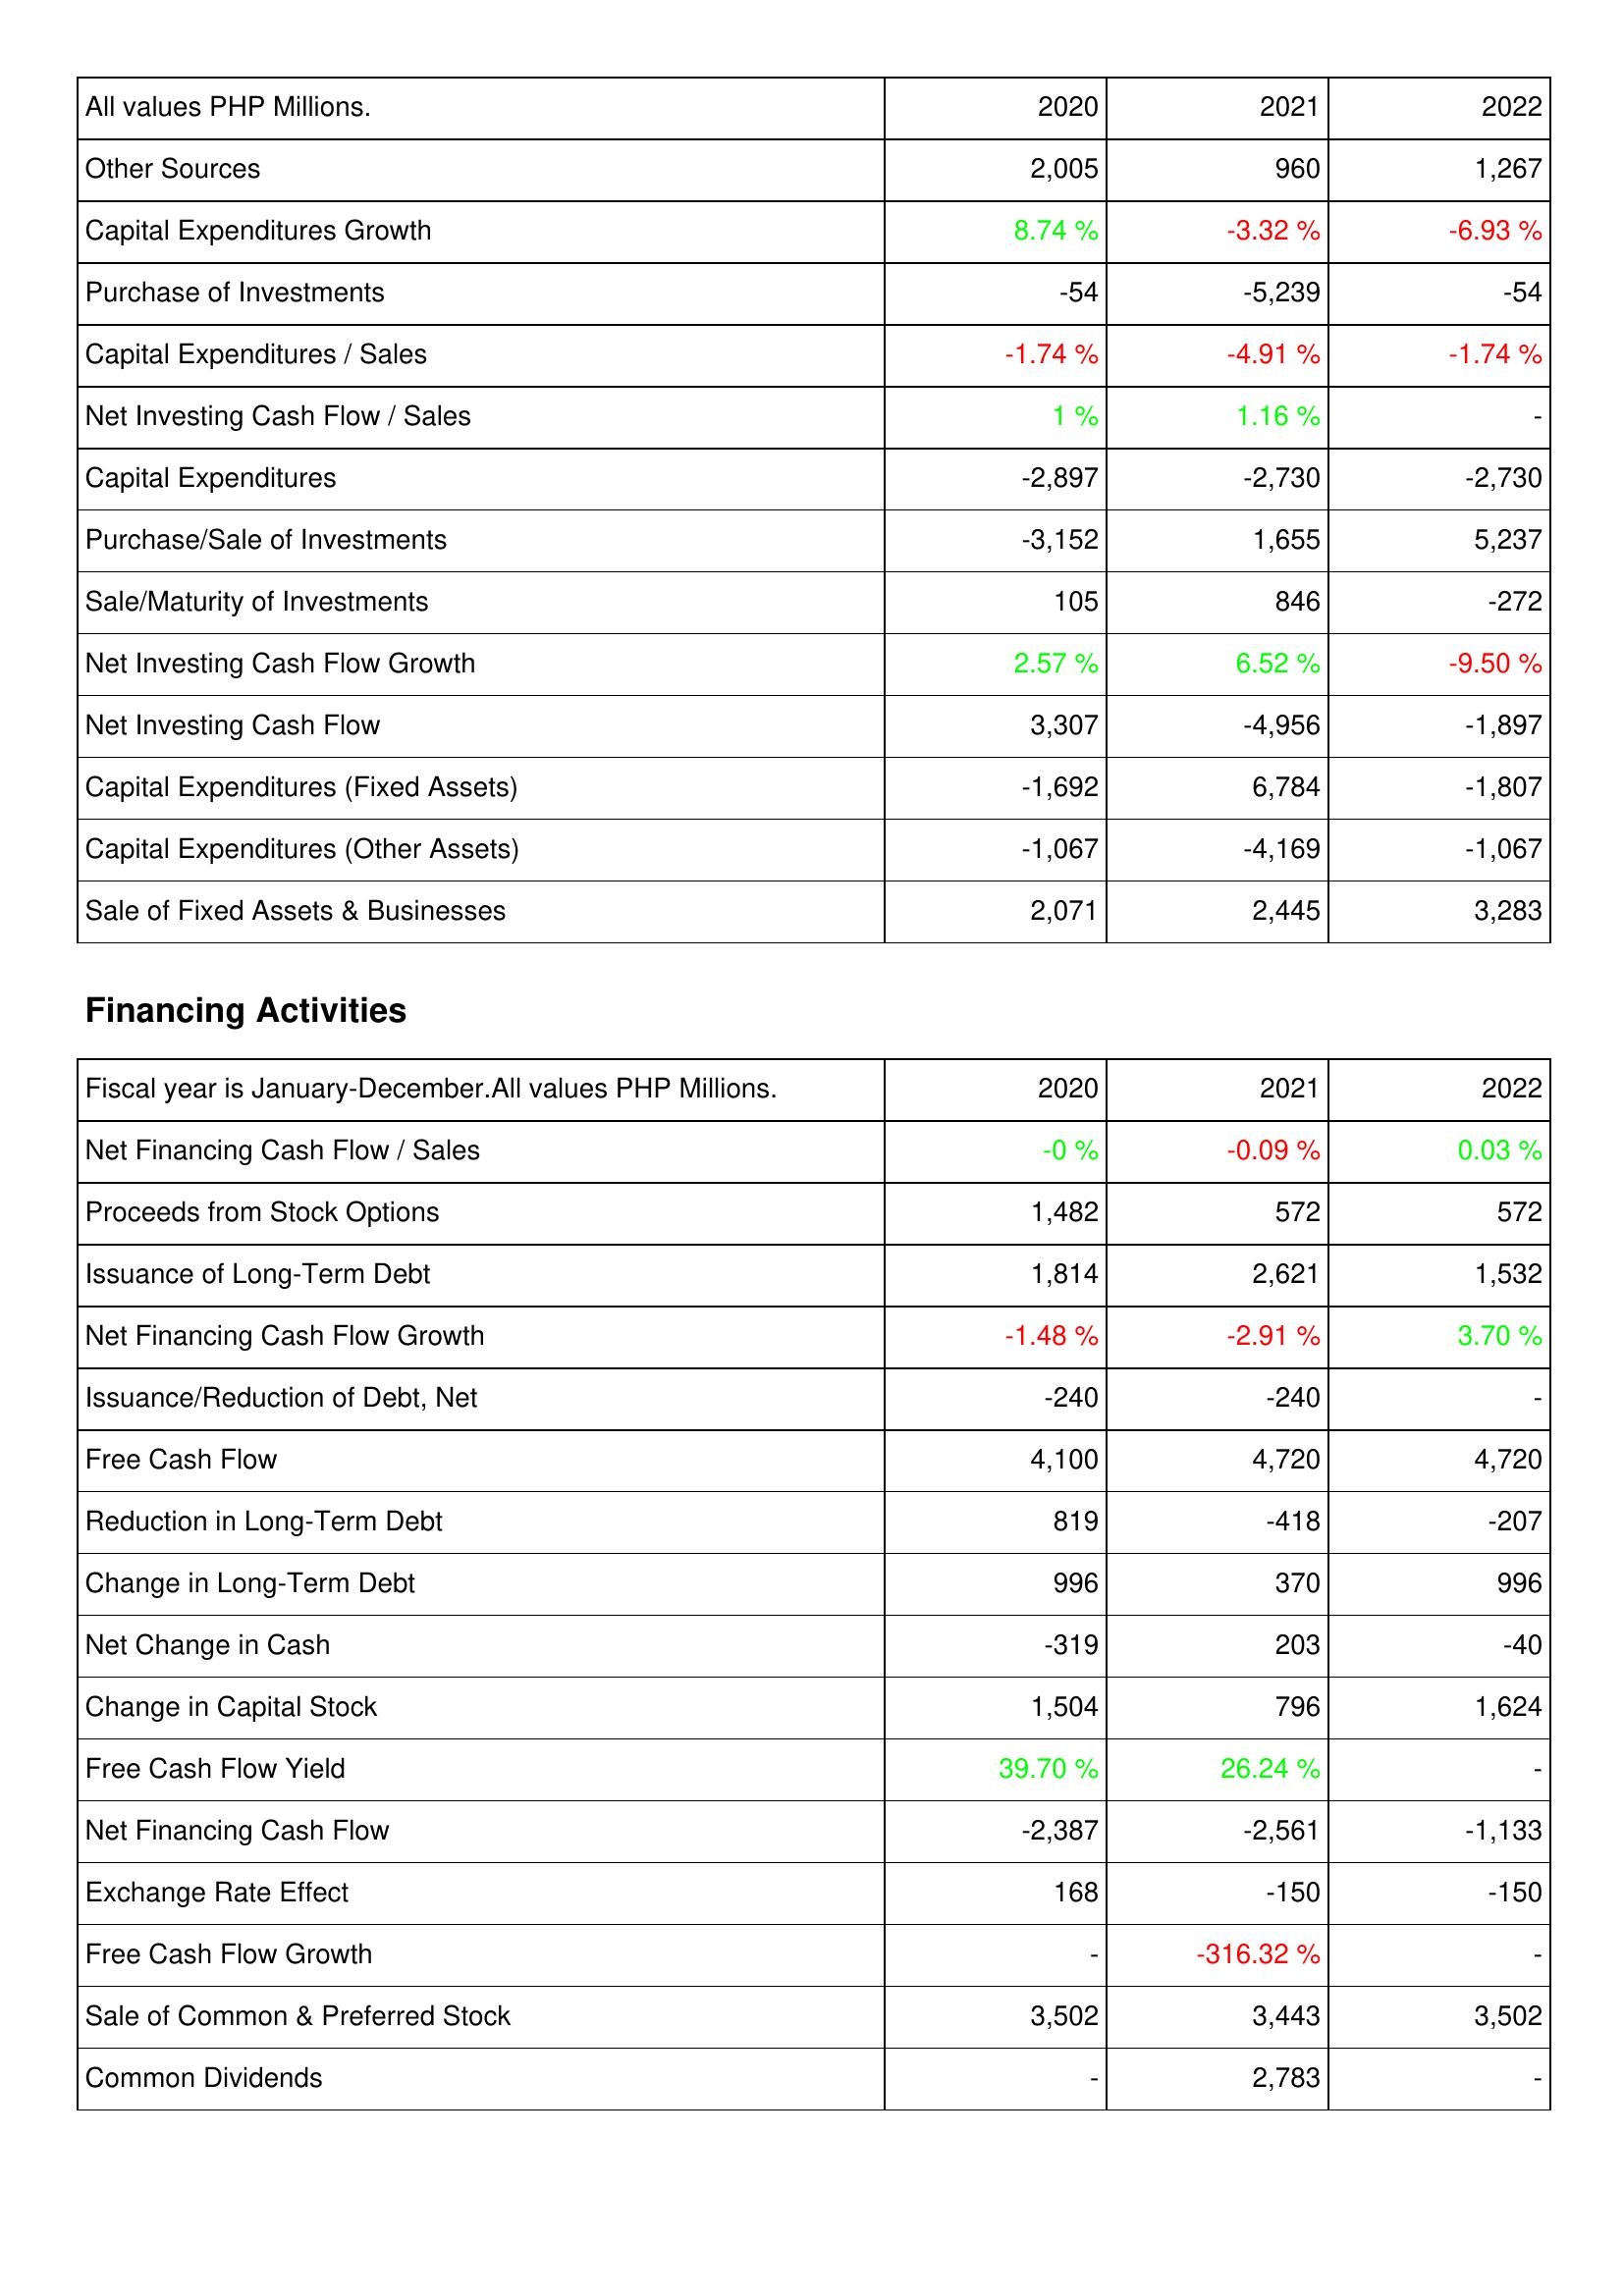
2020: Investing Activities: Other Sources: 2,005
Capital Expenditures Growth: 8.74 %
Purchase of Investments: -54
Capital Expenditures / Sales: -1.74 %
Net Investing Cash Flow / Sales: 1 %
Capital Expenditures: -2,897
Purchase/Sale of Investments: -3,152
Sale/Maturity of Investments: 105
Net Investing Cash Flow Growth: 2.57 %
Net Investing Cash Flow: 3,307
Capital Expenditures (Fixed Assets): -1,692
Capital Expenditures (Other Assets): -1,067
Sale of Fixed Assets & Businesses: 2,071
Financing Activities: Net Financing Cash Flow / Sales: -0 %
Proceeds from Stock Options: 1,482
Issuance of Long-Term Debt: 1,814
Net Financing Cash Flow Growth: -1.48 %
Issuance/Reduction of Debt, Net: -240
Free Cash Flow: 4,100
Reduction in Long-Term Debt: 819
Change in Long-Term Debt: 996
Net Change in Cash: -319
Change in Capital Stock: 1,504
Free Cash Flow Yield: 39.70 %
Net Financing Cash Flow: -2,387
Exchange Rate Effect: 168
Free Cash Flow Growth: -
Sale of Common & Preferred Stock: 3,502
Common Dividends: -
2021: Investing Activities: Other Sources: 960
Capital Expenditures Growth: -3.32 %
Purchase of Investments: -5,239
Capital Expenditures / Sales: -4.91 %
Net Investing Cash Flow / Sales: 1.16 %
Capital Expenditures: -2,730
Purchase/Sale of Investments: 1,655
Sale/Maturity of Investments: 846
Net Investing Cash Flow Growth: 6.52 %
Net Investing Cash Flow: -4,956
Capital Expenditures (Fixed Assets): 6,784
Capital Expenditures (Other Assets): -4,169
Sale of Fixed Assets & Businesses: 2,445
Financing Activities: Net Financing Cash Flow / Sales: -0.09 %
Proceeds from Stock Options: 572
Issuance of Long-Term Debt: 2,621
Net Financing Cash Flow Growth: -2.91 %
Issuance/Reduction of Debt, Net: -240
Free Cash Flow: 4,720
Reduction in Long-Term Debt: -418
Change in Long-Term Debt: 370
Net Change in Cash: 203
Change in Capital Stock: 796
Free Cash Flow Yield: 26.24 %
Net Financing Cash Flow: -2,561
Exchange Rate Effect: -150
Free Cash Flow Growth: -316.32 %
Sale of Common & Preferred Stock: 3,443
Common Dividends: 2,783
2022: Investing Activities: Other Sources: 1,267
Capital Expenditures Growth: -6.93 %
Purchase of Investments: -54
Capital Expenditures / Sales: -1.74 %
Net Investing Cash Flow / Sales: -
Capital Expenditures: -2,730
Purchase/Sale of Investments: 5,237
Sale/Maturity of Investments: -272
Net Investing Cash Flow Growth: -9.50 %
Net Investing Cash Flow: -1,897
Capital Expenditures (Fixed Assets): -1,807
Capital Expenditures (Other Assets): -1,067
Sale of Fixed Assets & Businesses: 3,283
Financing Activities: Net Financing Cash Flow / Sales: 0.03 %
Proceeds from Stock Options: 572
Issuance of Long-Term Debt: 1,532
Net Financing Cash Flow Growth: 3.70 %
Issuance/Reduction of Debt, Net: -
Free Cash Flow: 4,720
Reduction in Long-Term Debt: -207
Change in Long-Term Debt: 996
Net Change in Cash: -40
Change in Capital Stock: 1,624
Free Cash Flow Yield: -
Net Financing Cash Flow: -1,133
Exchange Rate Effect: -150
Free Cash Flow Growth: -
Sale of Common & Preferred Stock: 3,502
Common Dividends: -